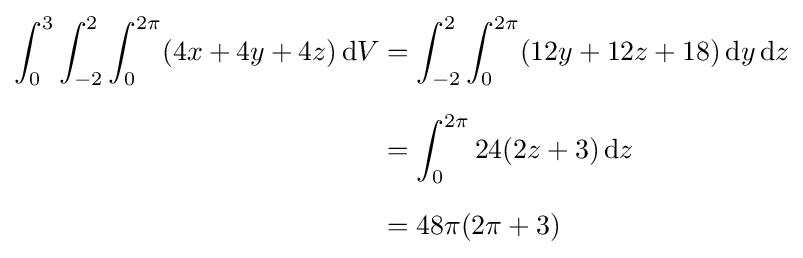
{\begin{aligned}\int _{0}^{3}\int _{-2}^{2}\int _{0}^{2\pi }(4x+4y+4z)\,\mathrm {d} V&=\int _{-2}^{2}\int _{0}^{2\pi }(12y+12z+18)\,\mathrm {d} y\,\mathrm {d} z\\[6pt]&=\int _{0}^{2\pi }24(2z+3)\,\mathrm {d} z\\[6pt]&=48\pi (2\pi +3)\end{aligned}}